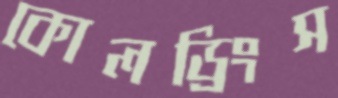
কোলড্রিংস